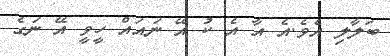
ބަލާލި އެވެ.އެ އާ އެ ކު އޭ ނައައް ހީވީ އޭ ނަގެ